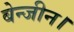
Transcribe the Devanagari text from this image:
बेन्जीन।